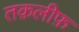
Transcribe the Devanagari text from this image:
तक़लीफ़